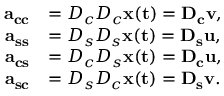
\begin{array} { r l } { \bf { a } _ { c c } } & { = D _ { c } D _ { c } \bf { x } ( t ) = D _ { c } { \bf v } , } \\ { \bf { a } _ { s s } } & { = D _ { s } D _ { s } \bf { x } ( t ) = D _ { s } { \bf u } , } \\ { \bf { a } _ { c s } } & { = D _ { c } D _ { s } \bf { x } ( t ) = D _ { c } { \bf u } , } \\ { \bf { a } _ { s c } } & { = D _ { s } D _ { c } \bf { x } ( t ) = D _ { s } { \bf v } . } \end{array}